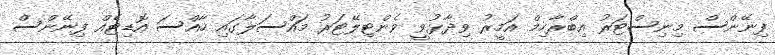
ފިނޭންސް މިނިސްޓަރު އިބްރާހިމް އަމީރު ވިދާޅުވީ ވެންޓިލޭޓަރު މައްސަލާގައި ހާއްސަ އޮޑިޓެއް ފިނޭންސް